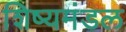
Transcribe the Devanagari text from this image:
शिष्यमंडल